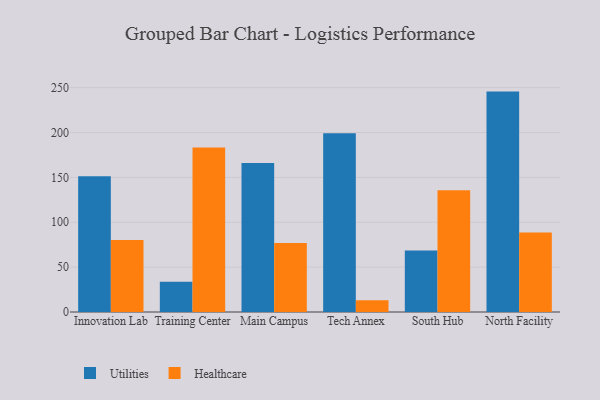
{"axis": {"x": "Campus", "y": "Bounce Rate (%)"}, "legend": ["Healthcare", "Utilities"], "data": [{"x": "Innovation Lab", "y": 151.4, "type": "Utilities"}, {"x": "Innovation Lab", "y": 80.2, "type": "Healthcare"}, {"x": "Training Center", "y": 33.6, "type": "Utilities"}, {"x": "Training Center", "y": 183.3, "type": "Healthcare"}, {"x": "Main Campus", "y": 166.1, "type": "Utilities"}, {"x": "Main Campus", "y": 77.0, "type": "Healthcare"}, {"x": "Tech Annex", "y": 199.3, "type": "Utilities"}, {"x": "Tech Annex", "y": 13.1, "type": "Healthcare"}, {"x": "South Hub", "y": 68.4, "type": "Utilities"}, {"x": "South Hub", "y": 135.6, "type": "Healthcare"}, {"x": "North Facility", "y": 245.6, "type": "Utilities"}, {"x": "North Facility", "y": 88.5, "type": "Healthcare"}]}